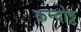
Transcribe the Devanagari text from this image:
कन्दोट्ट